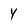
Character: Y